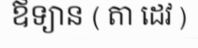
ឪទ្យាន ( តា ដេវ )